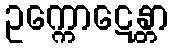
ဥက္ကောဋေန္တာ